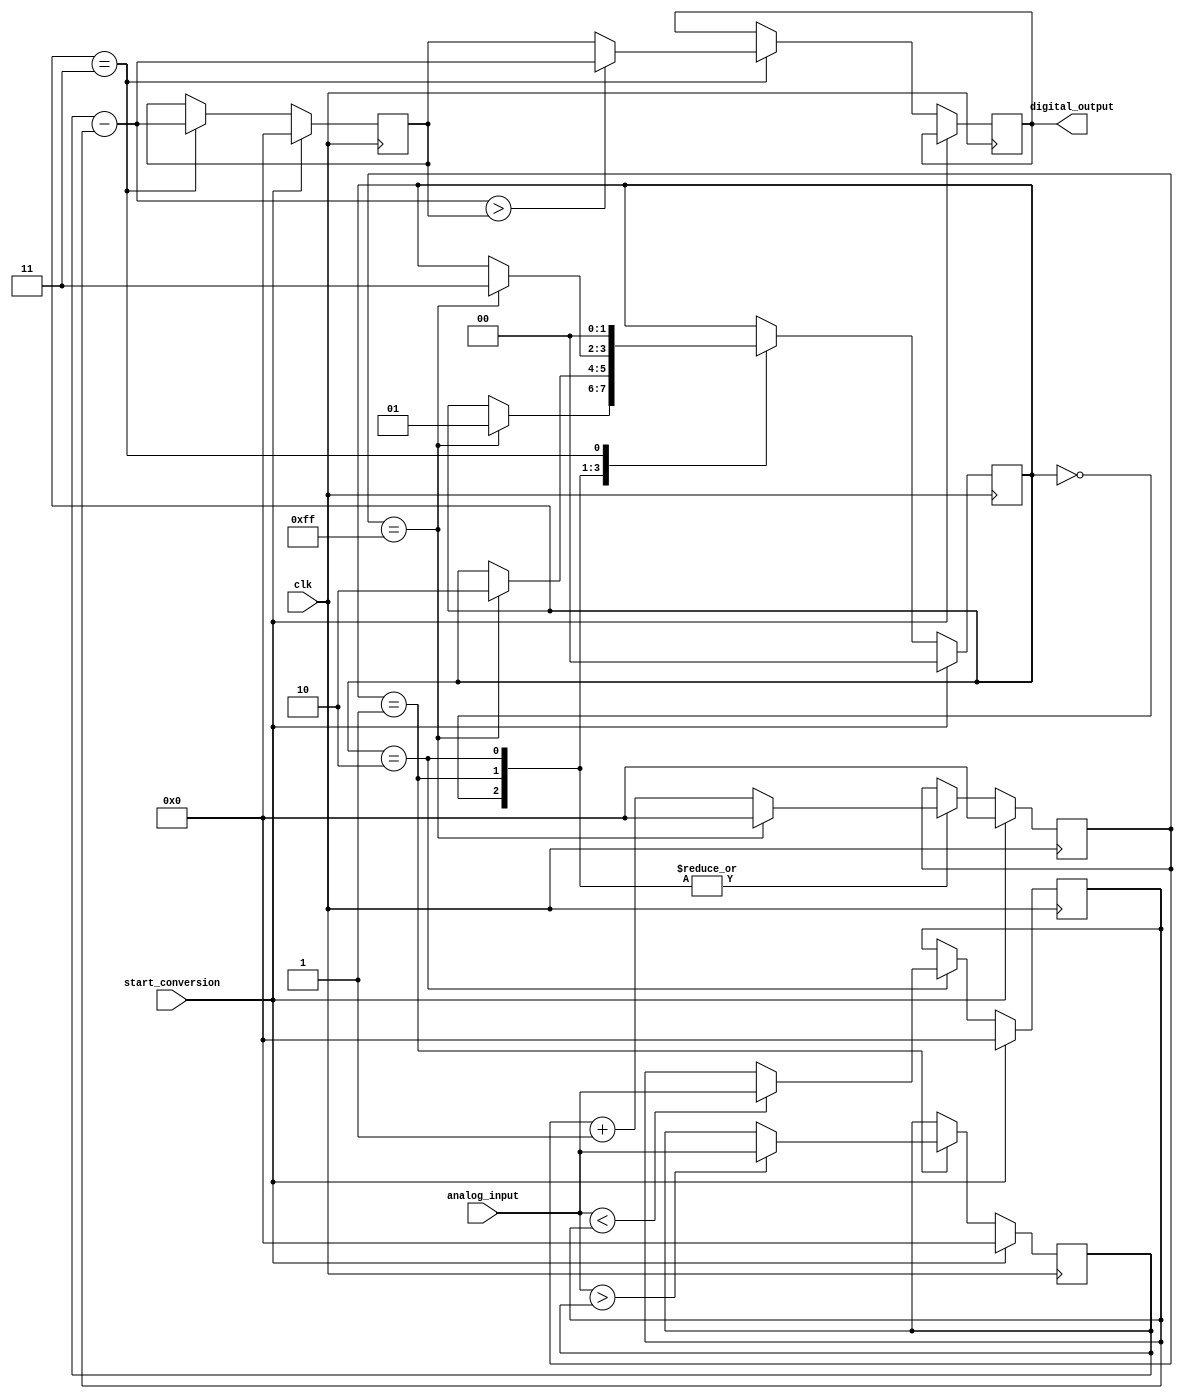
module pulse_width_conversion_adc (
  input clk,
  input start_conversion,
  input [7:0] analog_input,
  output reg [7:0] digital_output
);

reg [7:0] count;
reg [7:0] positive_peak;
reg [7:0] negative_peak;
reg [1:0] state;
reg [7:0] pulse_width;
reg [7:0] last_pulse_width;

assign pulse_width = positive_peak - negative_peak;

always @ (posedge clk) begin
  if (start_conversion) begin
    count <= 0;
    positive_peak <= 0;
    negative_peak <= 0;
    state <= 2'b00;
    last_pulse_width <= 0;
  end else begin
    case (state)
      2'b00: begin // Wait for next cycle
        count <= count + 1;
        if (count == 255) begin
          count <= 0;
          state <= 2'b01;
        end
      end
      2'b01: begin // Record positive peak
        count <= count + 1;
        if (analog_input > positive_peak) begin
          positive_peak <= analog_input;
        end
        if (count == 255) begin
          count <= 0;
          state <= 2'b10;
        end
      end
      2'b10: begin // Record negative peak
        count <= count + 1;
        if (analog_input < negative_peak) begin
          negative_peak <= analog_input;
        end
        if (count == 255) begin
          count <= 0;
          state <= 2'b11;
        end
      end
      2'b11: begin // Output pulse width
        last_pulse_width <= pulse_width;
        if (pulse_width > last_pulse_width) begin
          digital_output <= pulse_width;
        end else begin
          digital_output <= last_pulse_width;
        end
        state <= 2'b00;
      end
    endcase
  end
end

endmodule